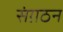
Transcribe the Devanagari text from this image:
संग़ठन